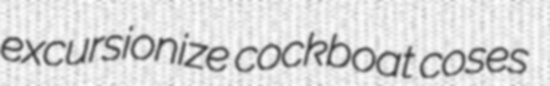
excursionize cockboat coses